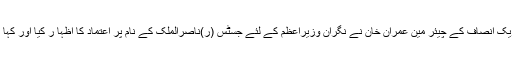
․ پیر کو سماجی رابطے کی ویب سائٹ ٹوئتر پر اپنے ایک پیغام میں پاکستان تحریک انصاف کے چیئر مین عمران خان نے نگران وزیراعظم کے لئے جسٹس (ر)ناصرالملک کے نام پر اعتماد کا اظہا ر کیا اور کہا کہ میںجسٹس(ر)ناصرالملک کو نگران وزیراعظم مقرر ہونے پر مبارکباد دیتا ہوں۔